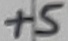
Text: +5